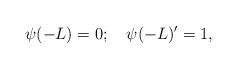
LaTeX: \begin{align*} \psi(-L)=0; \quad \psi(-L)'=1,\end{align*}